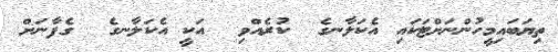
ތިޔަބައިމީހުންނަށްޓަކައި އެކަލާނގެ  ކުރެއްވި  އަކީ އެކަލާނގެ  ގެފާނަށް